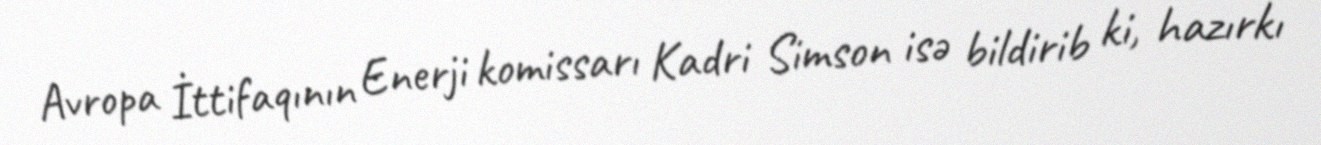
Avropa İttifaqının Enerji komissarı Kadri Simson isə bildirib ki, hazırkı